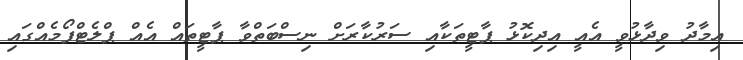
އިމާދު ވިދާޅުވީ އެއީ އިދިކޮޅު ޕާޓީތަކާއި ސަރުކާރަށް ނިސްބަތްވާ ޕާޓީތައް އެއް ޕްލެޓްފޯމެއްގައި